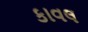
કાવલ